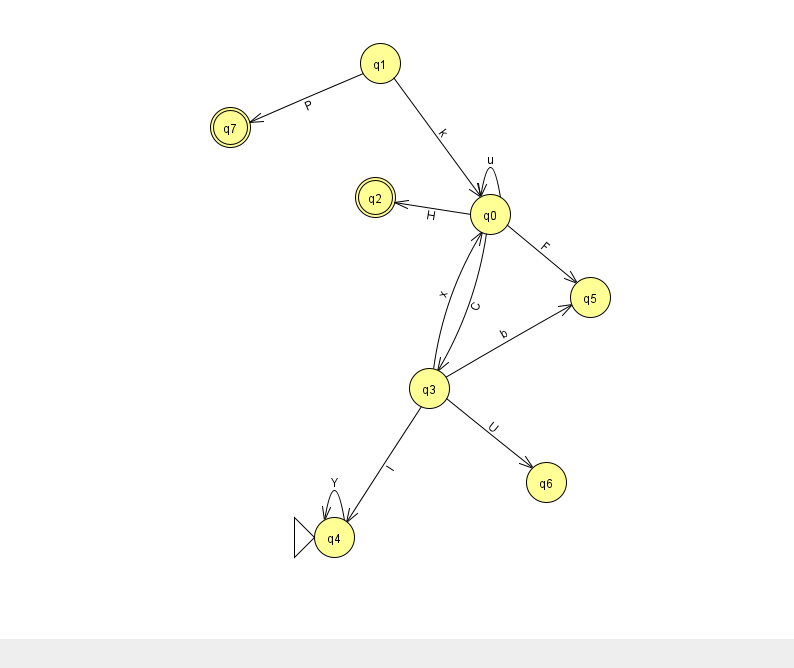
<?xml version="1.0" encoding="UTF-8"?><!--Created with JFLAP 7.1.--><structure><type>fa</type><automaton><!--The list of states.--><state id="0" name="q0"><x>490.0</x><y>201.0</y></state><state id="1" name="q1"><x>380.0</x><y>50.0</y></state><state id="2" name="q2"><x>375.0</x><y>184.0</y><final/></state><state id="3" name="q3"><x>429.0</x><y>375.0</y></state><state id="4" name="q4"><x>334.0</x><y>524.0</y><initial/></state><state id="5" name="q5"><x>590.0</x><y>284.0</y></state><state id="6" name="q6"><x>546.0</x><y>469.0</y></state><state id="7" name="q7"><x>230.0</x><y>114.0</y><final/></state><!--The list of transitions.--><transition><from>3</from><to>0</to><read>x</read></transition><transition><from>3</from><to>4</to><read>I</read></transition><transition><from>3</from><to>6</to><read>U</read></transition><transition><from>3</from><to>5</to><read>b</read></transition><transition><from>0</from><to>0</to><read>u</read></transition><transition><from>0</from><to>5</to><read>F</read></transition><transition><from>4</from><to>4</to><read>Y</read></transition><transition><from>0</from><to>3</to><read>C</read></transition><transition><from>1</from><to>0</to><read>k</read></transition><transition><from>0</from><to>2</to><read>H</read></transition><transition><from>1</from><to>7</to><read>P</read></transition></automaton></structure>